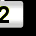
Digit: 2